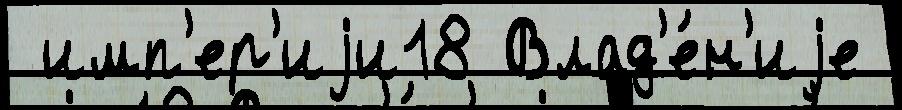
 имп'ер'иjи18 Влад'е́н'иjе